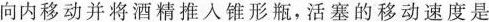
向内移动并将酒精推入锥形瓶，活塞的一定速度是